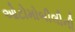
ઓટોમોબીલીની